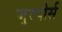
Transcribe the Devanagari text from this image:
जूस्पोर्स